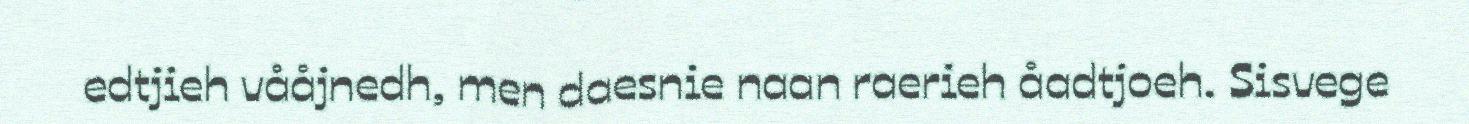
edtjieh vååjnedh, men daesnie naan raerieh åadtjoeh. Sisvege